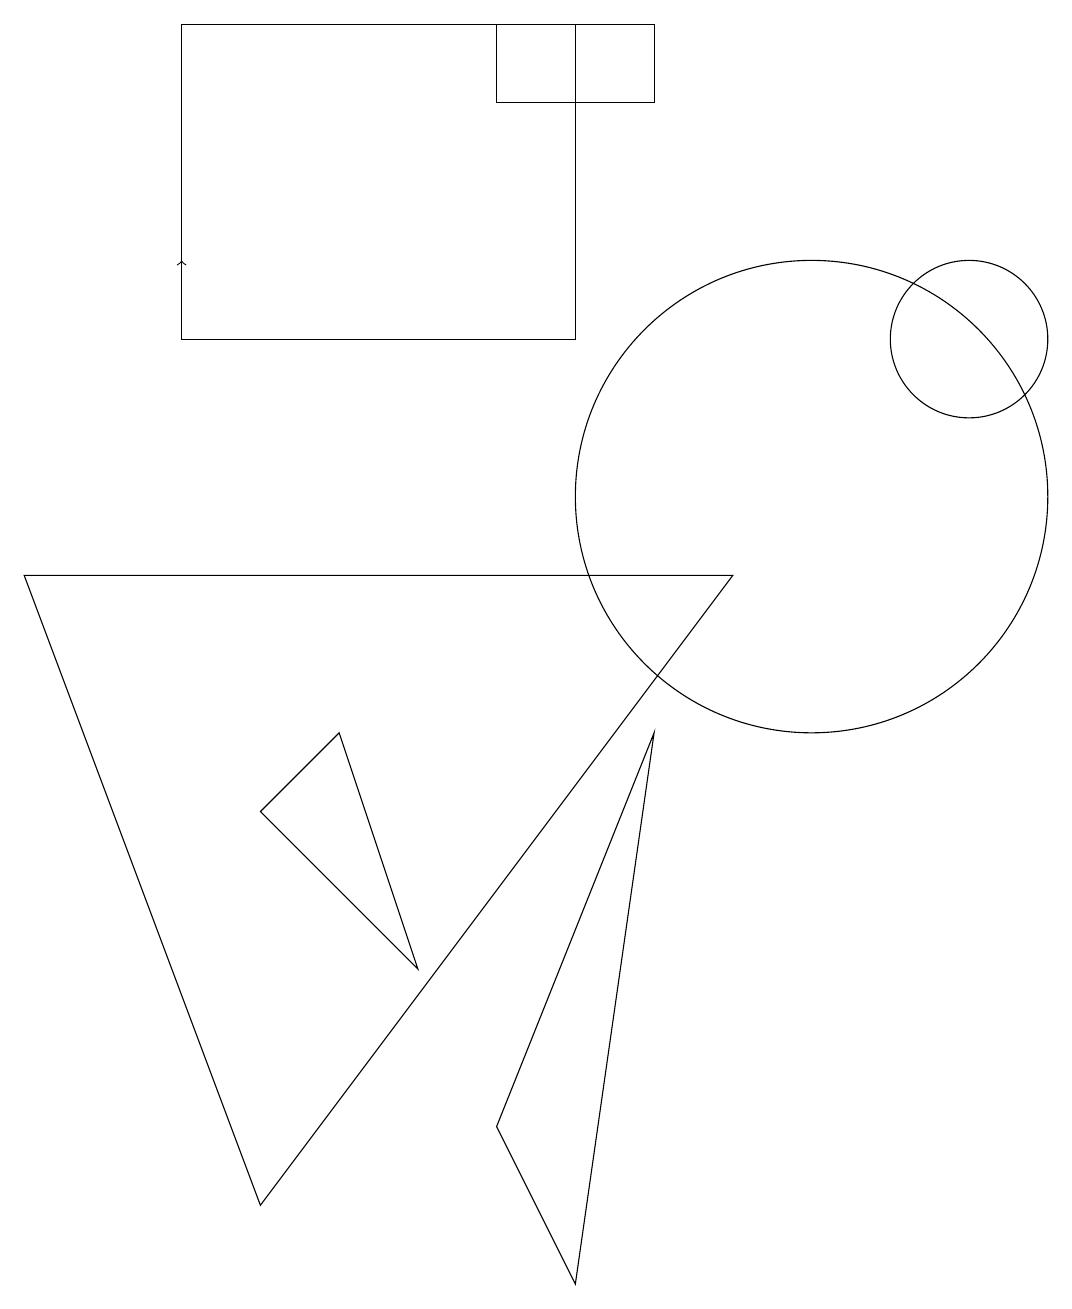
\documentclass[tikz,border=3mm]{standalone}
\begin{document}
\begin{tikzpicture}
\draw (7,12) rectangle (2,16);
\draw (8,16) rectangle (6,15);
\draw (4,7) -- (3,6) -- (5,4) -- cycle;
\draw (9,9) -- (0,9) -- (3,1) -- cycle;
\draw (10,10) circle (3);
\draw (6,2) -- (7,0) -- (8,7) -- cycle;
\draw[->] (2,13) -- (2,13);
\draw (12,12) circle (1);
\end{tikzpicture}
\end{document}